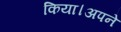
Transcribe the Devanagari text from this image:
किया।अपने